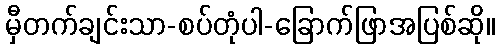
မှီတက်ချင်းသာ-စပ်တုံပါ-ခြောက်ဖြာအပြစ်ဆို။